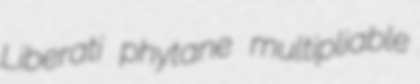
Liberati phytane multipliable